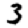
Digit: 3